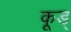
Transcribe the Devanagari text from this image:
कूड्